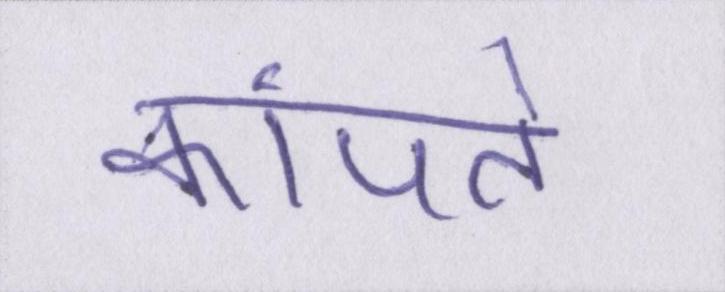
कांपते